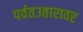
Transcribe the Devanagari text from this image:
पर्वतउतारावर